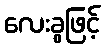
လေးခွဖြင့်